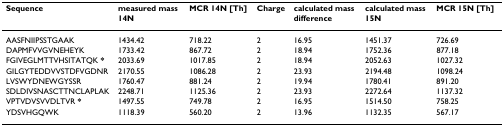
<table><thead><tr><td><b>Sequence</b></td><td><b>measured mass 14N</b></td><td><b>MCR 14N [Th]</b></td><td><b>Charge</b></td><td><b>calculated mass difference</b></td><td><b>calculated mass 15N</b></td><td><b>MCR 15N [Th]</b></td></tr></thead><tbody><tr><td>AASFNIIPSSTGAAK</td><td>1434.42</td><td>718.22</td><td>2</td><td>16.95</td><td>1451.37</td><td>726.69</td></tr><tr><td>DAPMFVVGVNEHEYK</td><td>1733.42</td><td>867.72</td><td>2</td><td>18.94</td><td>1752.36</td><td>877.18</td></tr><tr><td>FGIVEGLMTTVHSITATQK <b>*</b></td><td>2033.69</td><td>1017.85</td><td>2</td><td>18.94</td><td>2052.63</td><td>1027.32</td></tr><tr><td>GILGYTEDDVVSTDFVGDNR</td><td>2170.55</td><td>1086.28</td><td>2</td><td>23.93</td><td>2194.48</td><td>1098.24</td></tr><tr><td>LVSWYDNEWGYSSR</td><td>1760.47</td><td>881.24</td><td>2</td><td>19.94</td><td>1780.41</td><td>891.20</td></tr><tr><td>SDLDIVSNASCTTNCLAPLAK</td><td>2248.71</td><td>1125.36</td><td>2</td><td>23.93</td><td>2272.64</td><td>1137.32</td></tr><tr><td>VPTVDVSVVDLTVR <b>*</b></td><td>1497.55</td><td>749.78</td><td>2</td><td>16.95</td><td>1514.50</td><td>758.25</td></tr><tr><td>YDSVHGQWK</td><td>1118.39</td><td>560.20</td><td>2</td><td>13.96</td><td>1132.35</td><td>567.17</td></tr></tbody></table>